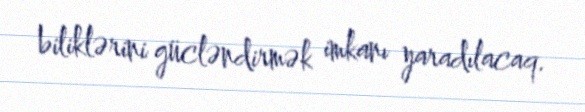
biliklərini gücləndirmək imkanı yaradılacaq.